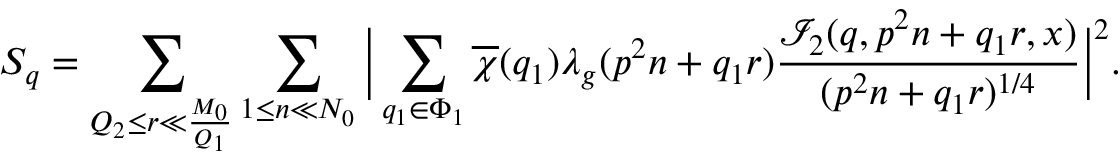
S _ { q } = \sum _ { Q _ { 2 } \leq r \ll \frac { M _ { 0 } } { Q _ { 1 } } } \sum _ { 1 \leq n \ll N _ { 0 } } \Big | \sum _ { q _ { 1 } \in \Phi _ { 1 } } \overline { { \chi } } ( q _ { 1 } ) \lambda _ { g } ( p ^ { 2 } n + q _ { 1 } r ) \frac { \mathcal { I } _ { 2 } ( q , p ^ { 2 } n + q _ { 1 } r , x ) } { ( p ^ { 2 } n + q _ { 1 } r ) ^ { 1 / 4 } } \Big | ^ { 2 } .